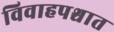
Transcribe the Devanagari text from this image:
विवाहपश्चात